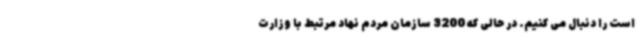
است را دنبال می کنیم. در حالی که 3200 سازمان مردم نهاد مرتبط با وزارت